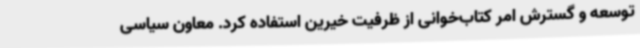
توسعه و گسترش امر کتاب‌خوانی از ظرفیت خیرین استفاده کرد. معاون سیاسی